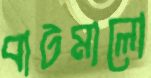
বাটমালো